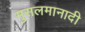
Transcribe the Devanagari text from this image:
मुसलमानादी